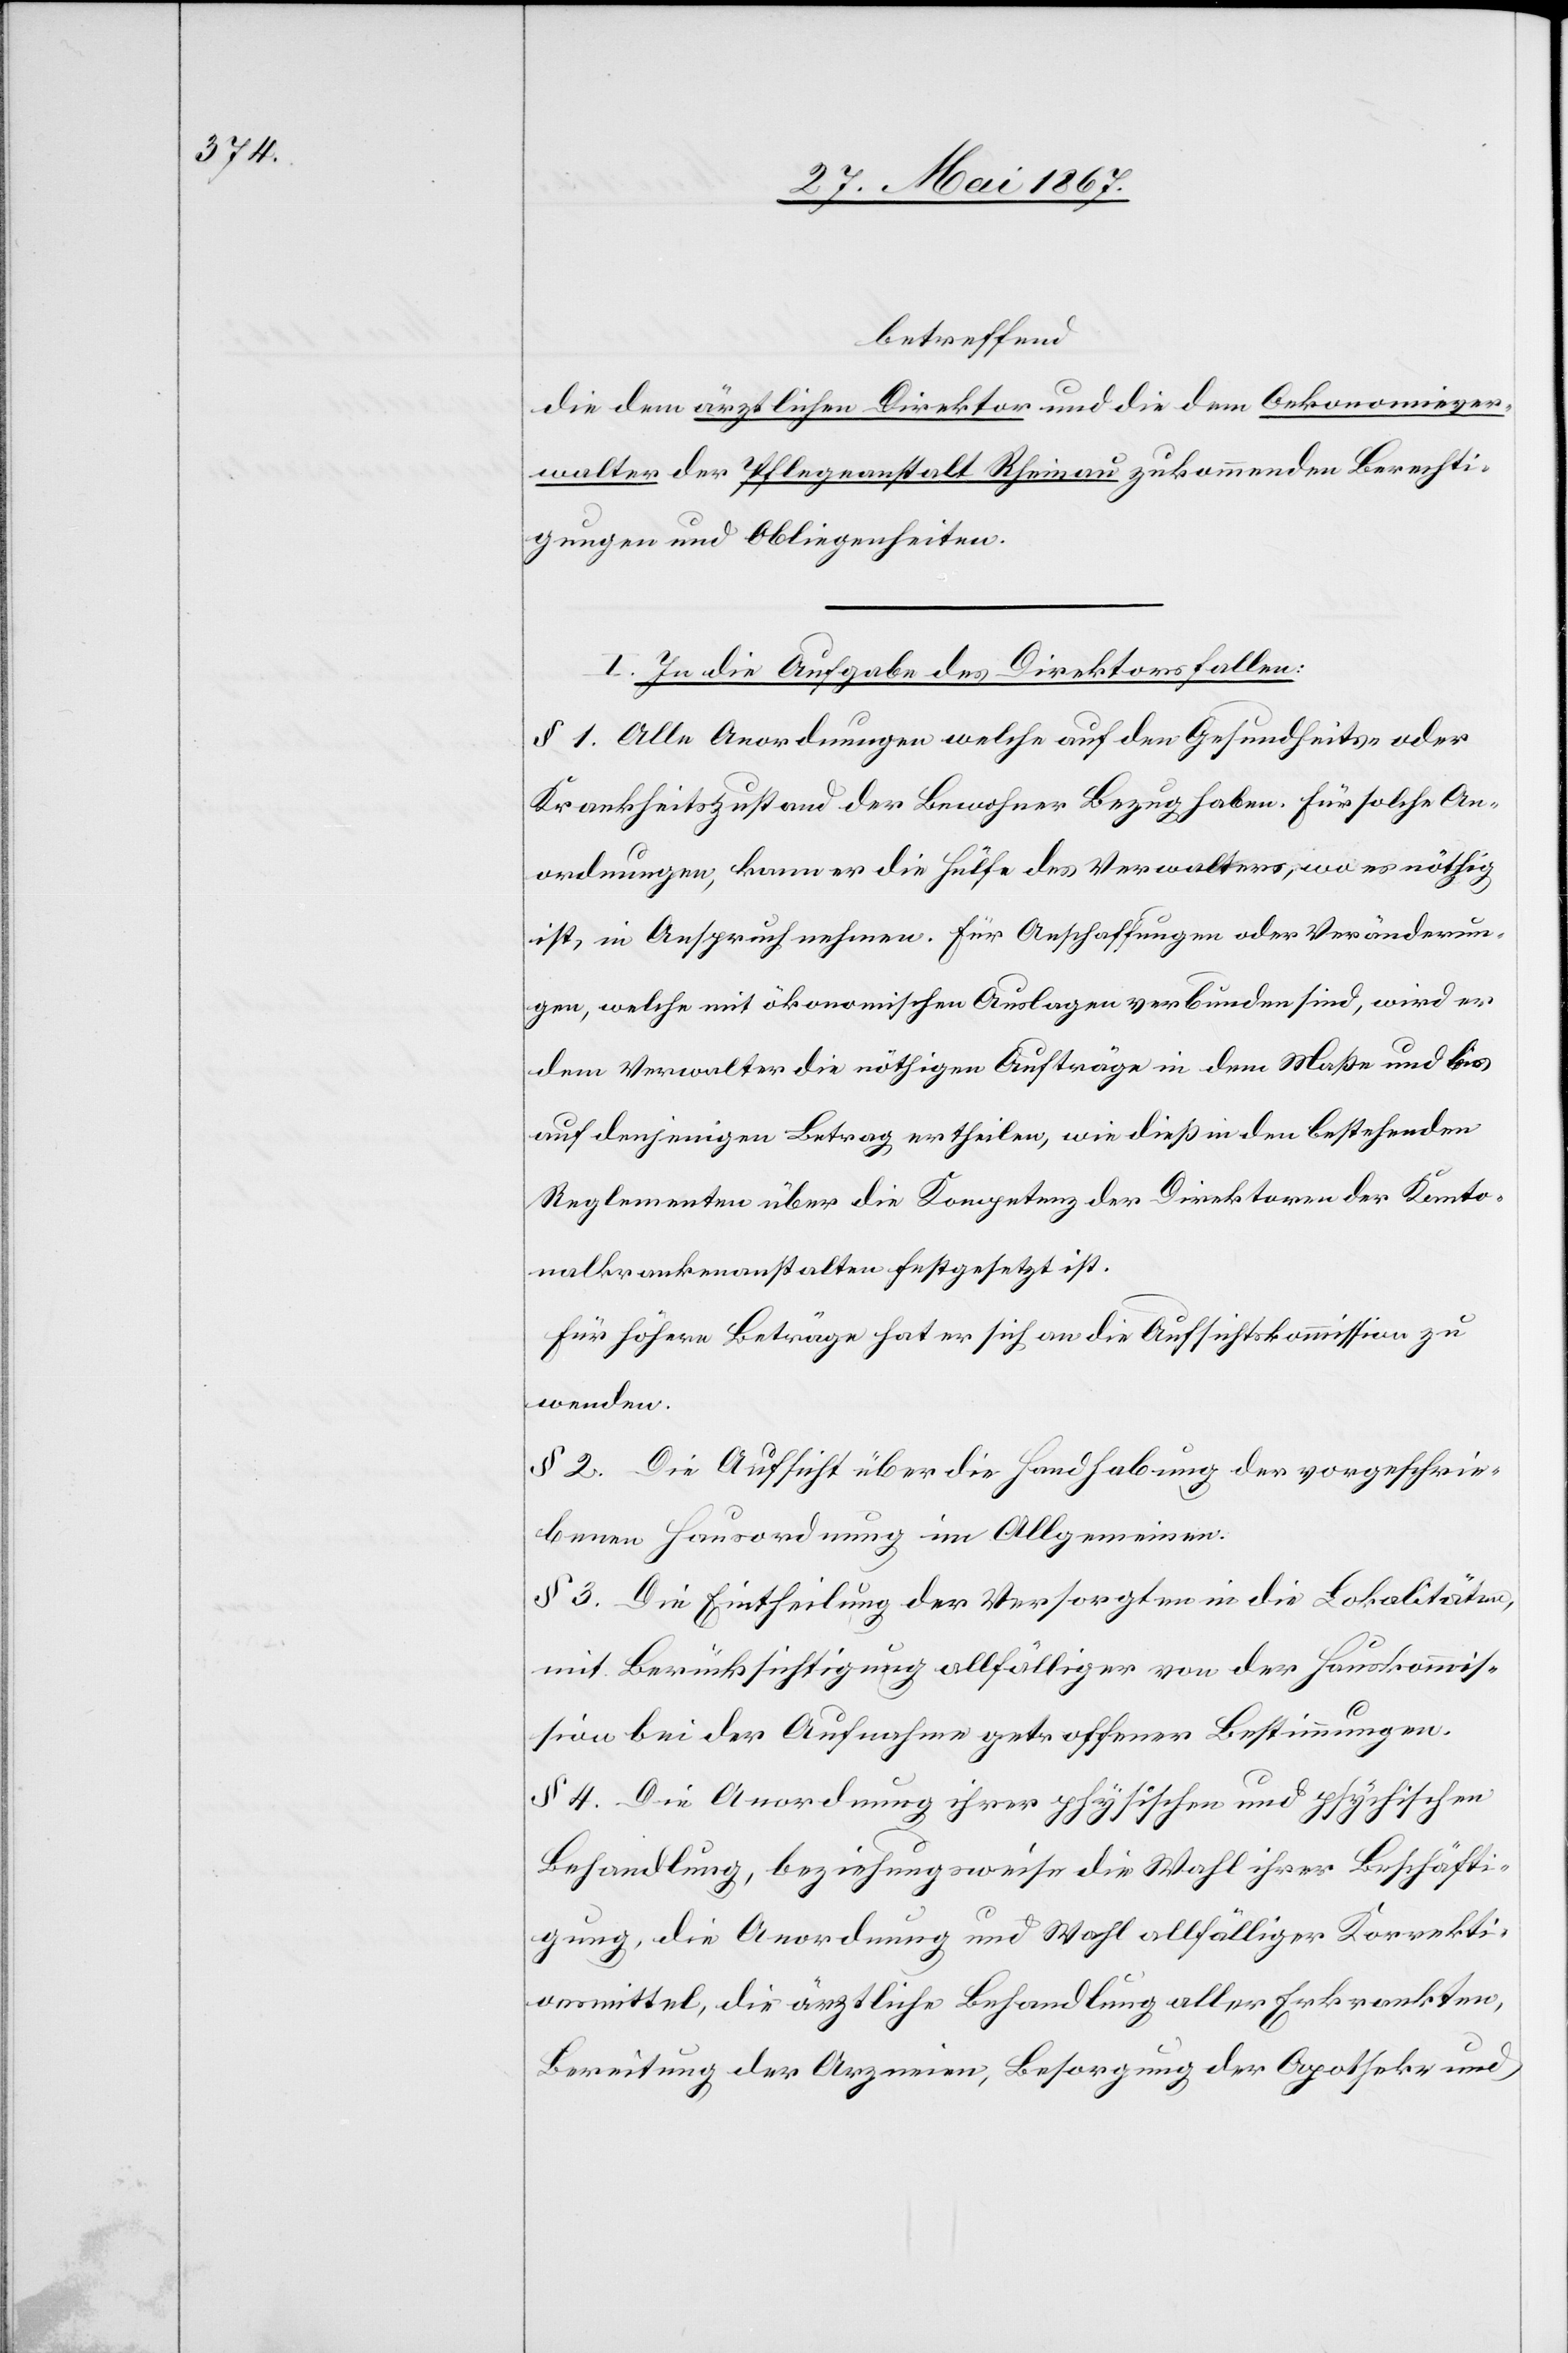
betreffend
die dem ärztlichen Direktor und die dem Oekonomiever¬
walter der Pfleganstalt Rheinau zukommenden Berechti¬
gungen und Obliegenheiten.
I. In die Aufgabe des Direktors fallen:
§ 1. Alle Anordnungen welche auf den Gesundheits- oder
Krankheitszustand der Bewohner Bezug haben. Für solche An¬
ordnungen, kann er die Hülfe des Verwalters, wo es nöthig
ist, in Anspruch nehmen. Für Anschaffungen oder Veränderun¬
gen, welche mit ökonomischen Auslagen verbunden sind, wird er
dem Verwalter die nöthigen Aufträge in dem Maße und a¬
uf denjenigen Betrag ertheilen, wie dieß in den bestehenden
Reglementen über die Kompetenz der Direktoren der Kanto¬
nalkrankenanstalten festgesetzt ist.
Für höhere Beträge hat er sich an die Aufsichtskommission zu
wenden.
§ 2. Die Aufsicht über die Handhabung der vorgeschrie¬
benen Hausordnung im Allgemeinen.
§ 3. Die Eintheilung der Versorgten in die Lokalitäten,
mit Berücksichtigung allfälliger von der Hauskommis¬
sion bei der Aufnahme getroffenen Bestimmungen.
§ 4. Die Anordnung ihrer physischen und psychischen
Behandlung, beziehungsweise die Wahl ihrer Beschäfti¬
gung, die Anordnung und Wahl allfälliger Korrekti¬
onsmittel, die ärztliche Behandlung aller Erkrankten,
Bereitung der Arzneien, Besorgung der Apotheke und